画像に写った文字を読んでください
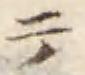
「テ」と書いてあります